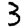
Digit: 3